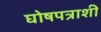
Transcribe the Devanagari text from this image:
घोषपत्राशी